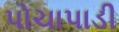
પોચાપાડી